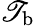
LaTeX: \mathscr{T}_{\mathrm{{b}}}